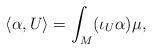
LaTeX: \begin{align*}\langle \alpha, U \rangle = \int_M (\iota_U \alpha) \mu,\end{align*}